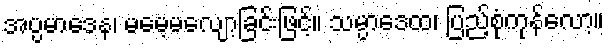
အပ္ပမာဒေန၊ မမေ့မလျော့ခြင်းဖြင့်။ သမ္ပာဒေထ၊ ပြည့်စုံကုန်လော့။